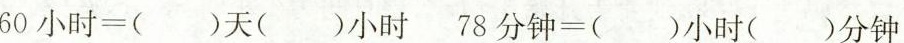
60小时=()天()小时 78分钟=()小时()分钟